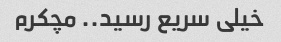
خیلی سریع رسید.. مچکرم